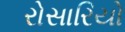
રોસારિયો